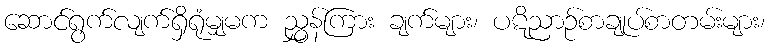
ဆောင်ရွက်လျက်ရှိရုံမျှမက ညွှန်ကြား ချက်များ၊ ပဋိညာဉ်စာချုပ်စာတမ်းများ၊